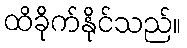
ထိခိုက်နိုင်သည်။